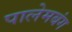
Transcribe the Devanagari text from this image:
पालेमबंग